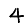
Digit: 4